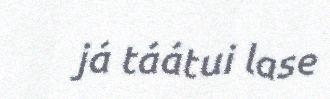
já táátui lase